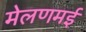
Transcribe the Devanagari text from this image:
मेलणमई